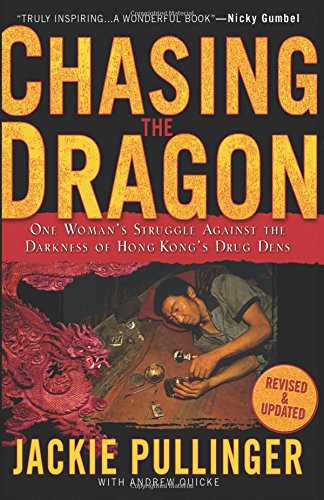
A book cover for Chasing the Dragon: One Woman's Struggle Against the Darkness of Hong Kong's Drug Dens; Jackie Pullinger; Christian Books & Bibles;